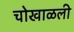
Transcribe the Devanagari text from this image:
चोखाळली